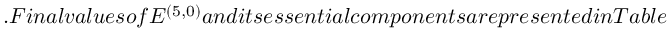
. F i n a l v a l u e s o f { \cal { E } } ^ { ( 5 , 0 ) } a n d i t s e s s e n t i a l c o m p o n e n t s a r e p r e s e n t e d i n T a b l e